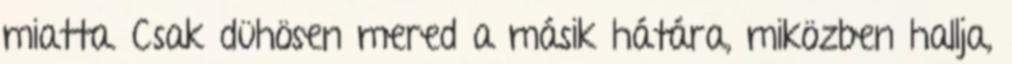
miatta. Csak dühösen mered a másik hátára, miközben hallja,